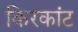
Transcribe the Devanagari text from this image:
किरकांट